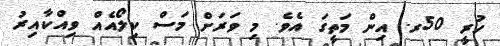
ހުރީ 50ރ. އިން މަތީގަ އެވެ. މި ވަރަށް މަސް ކިލޯއެއް ވިއްކާއިރު